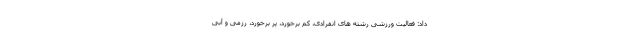
داد: فعالیت ورزشی رشته های انفرادی، کم برخورد، پر برخورد، رزمی و آبی